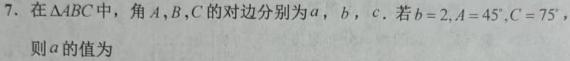
7. 在$\triangle ABC$中，角$A,B,C$的对边分别为$a$，$b$，$c$。若$b = 2,A = 45^{\circ},C = 75^{\circ}$，则$a$的值为